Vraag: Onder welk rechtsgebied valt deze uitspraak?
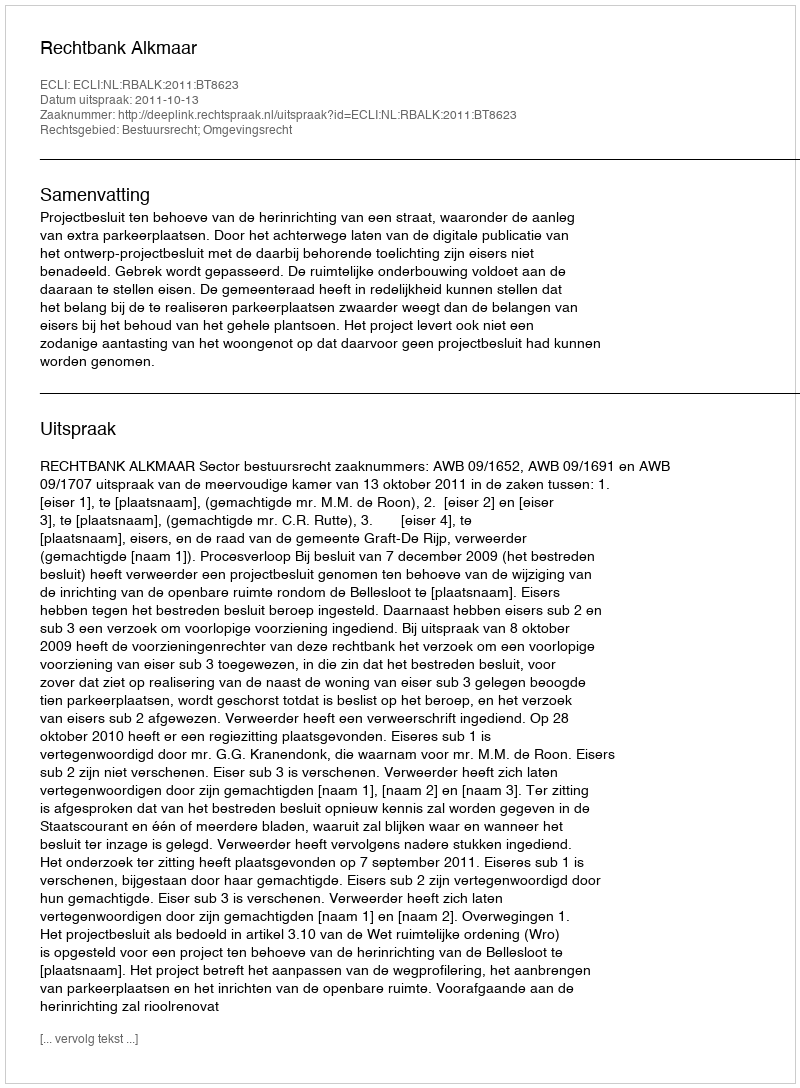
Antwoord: Bestuursrecht; Omgevingsrecht